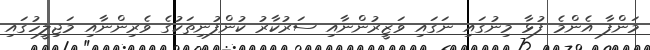
މަންފާ އެންމެ ފުޅާ މިނުގައި ނަގައި ވަޒީރުންނާއި ސަރުކާރު ކުންފުނިތަކުގެ ވެރިންނާއި މަޖިލީހުގައި